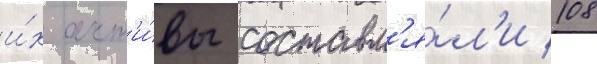
и́х акт'и́вы составл'я́л'и 108